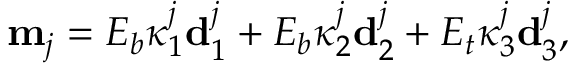
\mathbf { m } _ { j } = E _ { b } \kappa _ { 1 } ^ { j } \mathbf { d } _ { 1 } ^ { j } + E _ { b } \kappa _ { 2 } ^ { j } \mathbf { d } _ { 2 } ^ { j } + E _ { t } \kappa _ { 3 } ^ { j } \mathbf { d } _ { 3 } ^ { j } ,